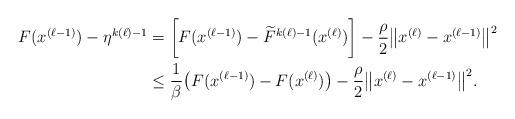
LaTeX: \begin{align*}F(x^{(\ell-1)}) - \eta^{k(\ell)-1} &= \biggl[F(x^{(\ell-1)}) - \widetilde{F}^{k(\ell)-1}(x^{(\ell)})\biggr] - \frac{\rho}{2}\big\|x^{(\ell)} - x^{(\ell-1)}\big\|^2\\ &\leq \frac{1}{\beta}\big(F(x^{(\ell-1)}) - F(x^{(\ell)})\big) - \frac{\rho}{2}\big\|x^{(\ell)} - x^{(\ell-1)}\big\|^2.\end{align*}